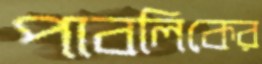
পাবলিকের